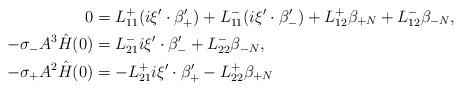
LaTeX: \begin{align*}0 & = L_{11}^+(i\xi'\cdot\beta'_+) + L_{11}^-(i\xi'\cdot\beta'_-) + L_{12}^+\beta_{+N} + L_{12}^-\beta_{-N}, \\-\sigma_-A^3\hat H(0) & = L_{21}^-i\xi'\cdot\beta'_- + L_{22}^-\beta_{-N}, \\-\sigma_+A^2\hat H(0) & = -L_{21}^+i\xi'\cdot\beta_+' - L_{22}^+\beta_{+N}\end{align*}